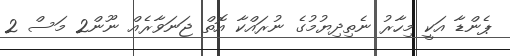
ޕެންޑާ އަކީ މިހާރު ނެތިދިޔުމުގެ ނުރައްކާ އޮތް ޖަނަވާރެއް ނޫން2 މަސް 2